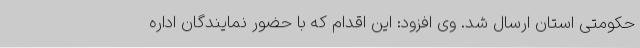
حکومتی استان ارسال شد. وی افزود: این اقدام که با حضور نمایندگان اداره